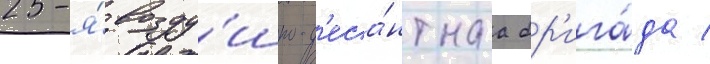
25-я́ возду́шно-д'еса́нтнаа бр'ига́да /